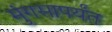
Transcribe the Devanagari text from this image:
मुंगसापर्यंत